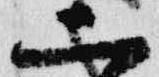
二